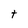
Character: t